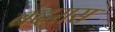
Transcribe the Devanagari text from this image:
बंदरास